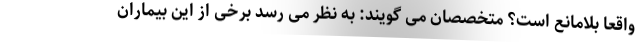
واقعا بلامانع است؟ متخصصان می گویند: به نظر می رسد برخی از این بیماران